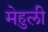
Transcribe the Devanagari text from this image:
मेहुली